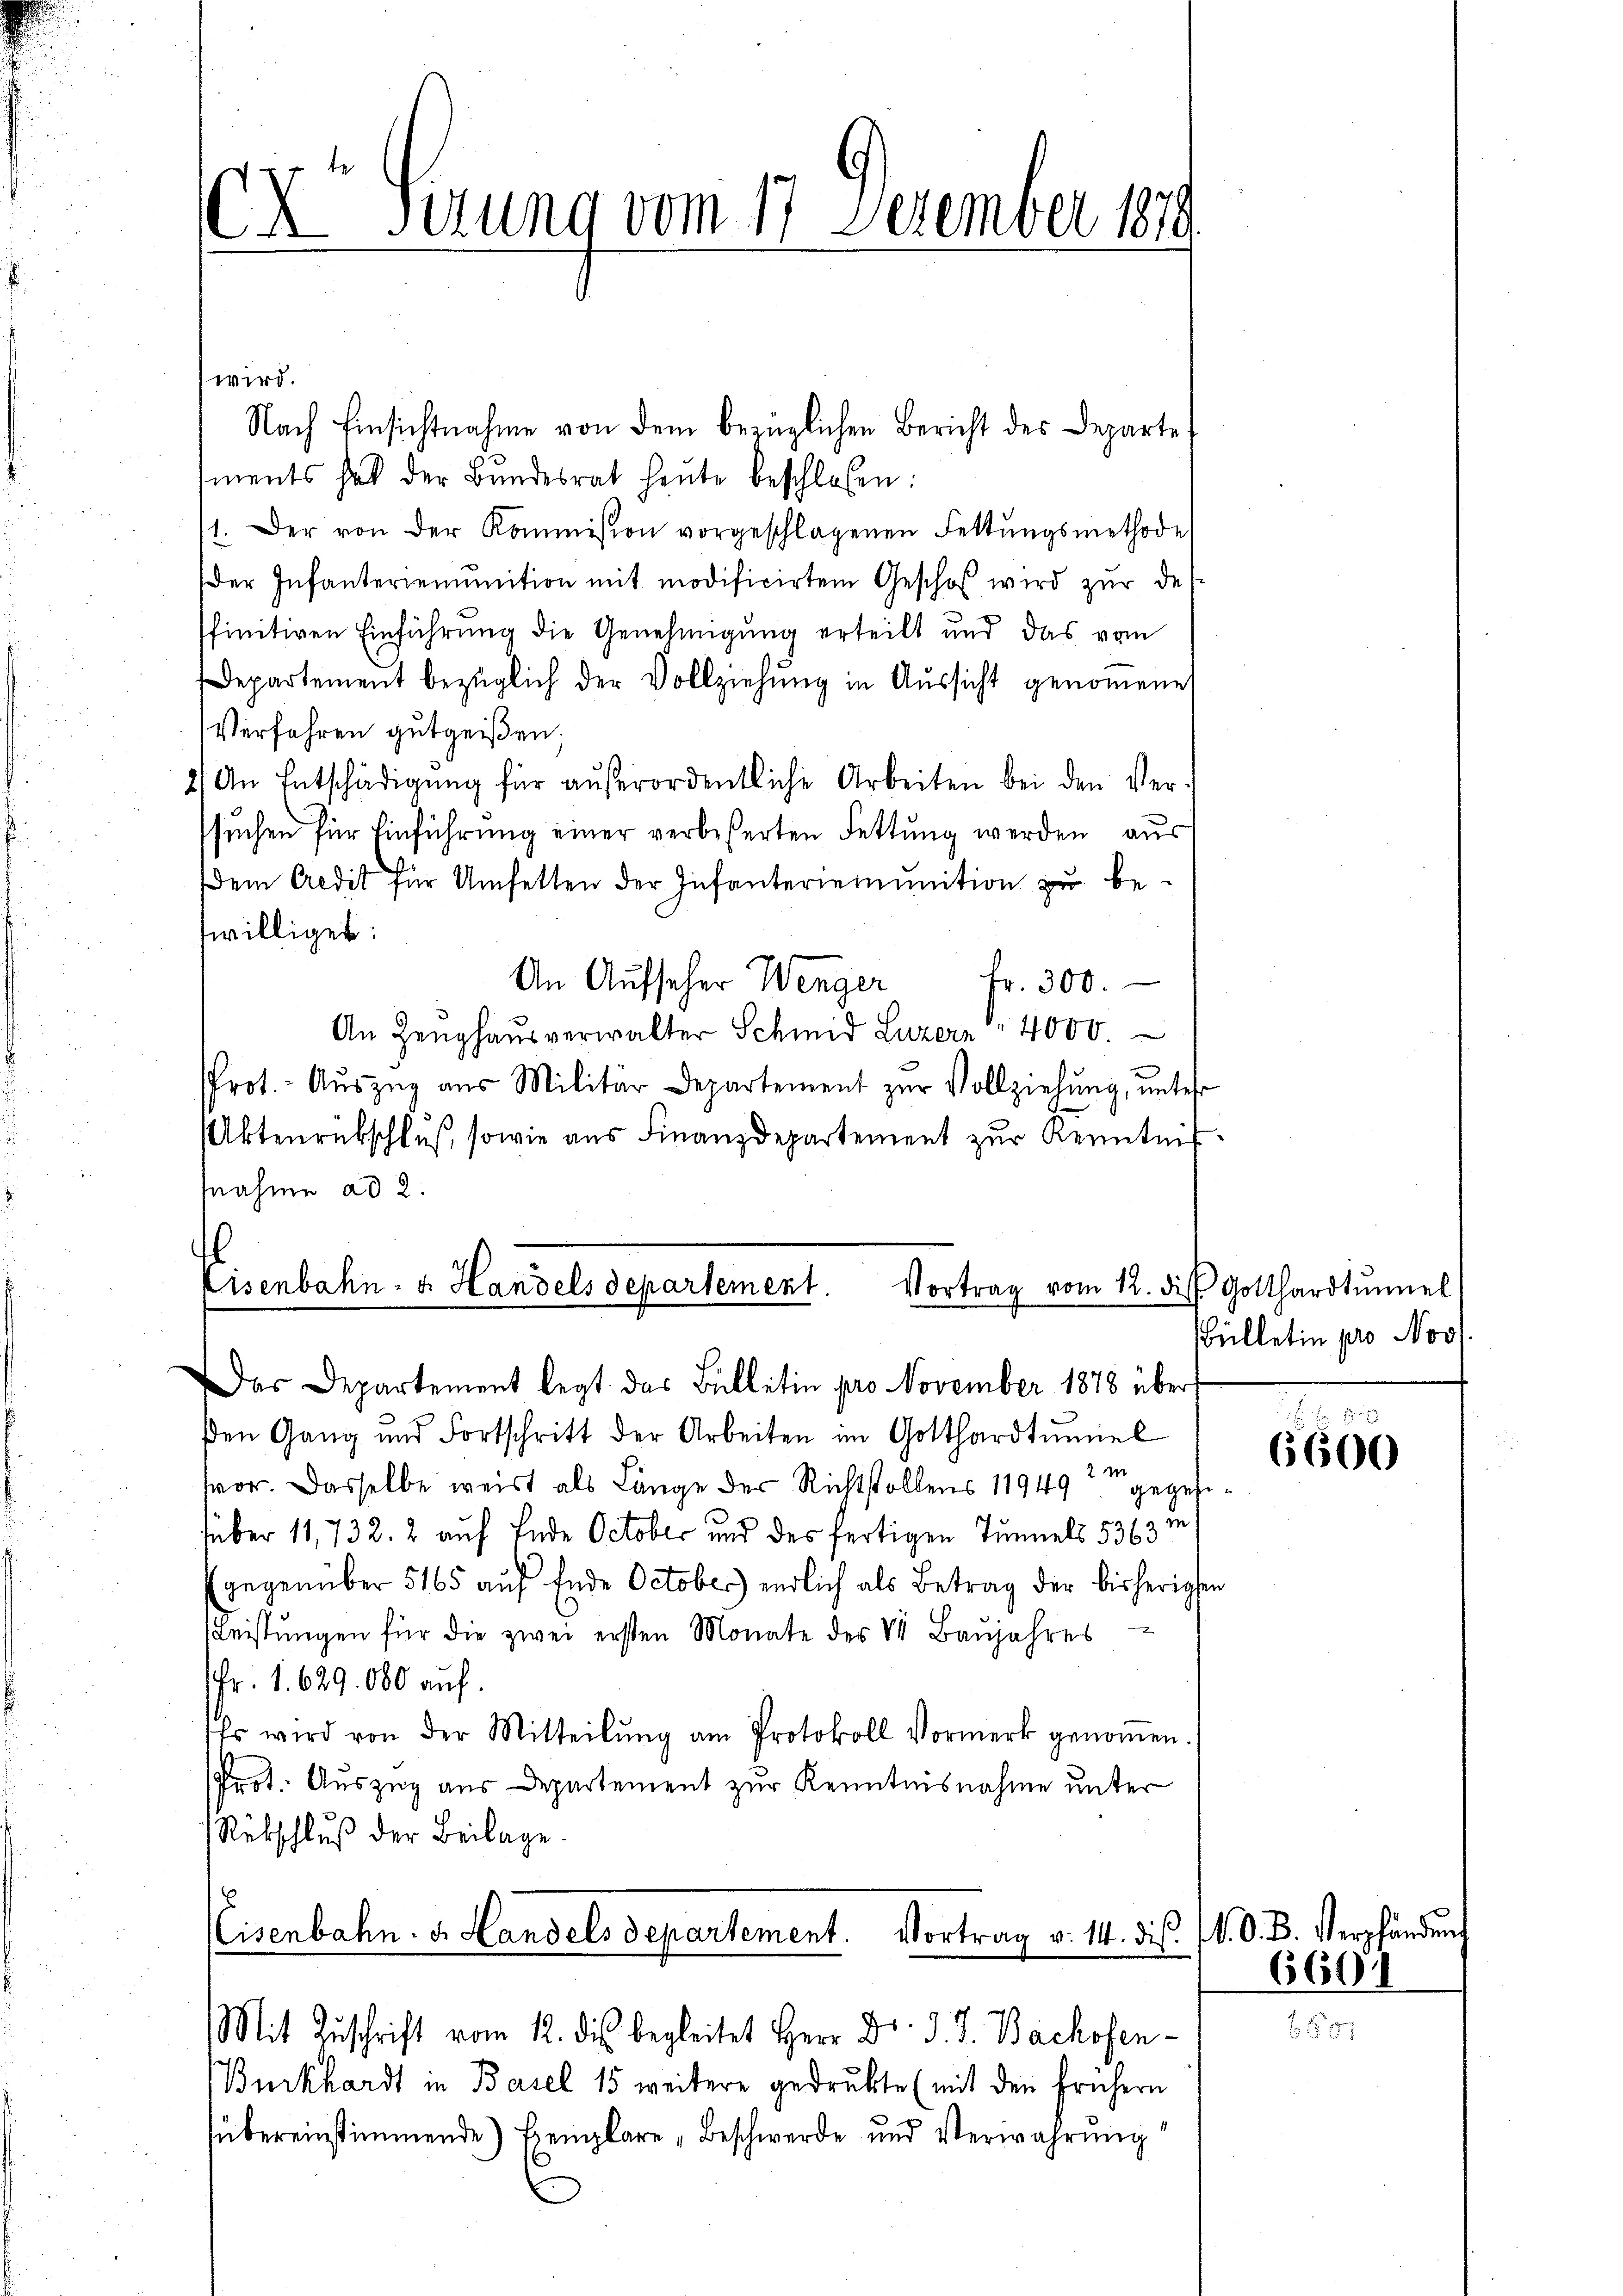
wird.
Nach Einsichtnahme von dem bezüglichen Bericht des Departe
iments hat der Bŭndesrat heute beschlossen:
1. Der von der Kommission vorgeschlagenen Fettŭngsmethode
Der Infanteriemŭnition mit modificirten Geschof wird zur des
ffinitiven Einführung die Genehmigung erteilt und das vom
Departement bezüglich der Vollziehŭng in Aŭssicht genoṁene
Verfahren gutgeißen.
2) An Entschädigŭng für aŭβerordentliche Arbeiten bei den Ver-
suchen für Einführung einer verbeßerten Fettŭng werden aus
dem Aedit für Umsetten der Infanteriemŭnition zŭ be-
williget:
An Aufseher Wenger
fr. 300.
An Zeughausverwalter Schmid Luzern 4000.
Prot. Aŭszŭg aŭs Militär Departement zŭr Vollziehŭng ŭnter
Aktenrückschluß, sowie aŭs Finanzdepartement zŭr Kenntnis.
snahme ad 2.
l
Eisenbahn- u. Handels departement.
Vortrag vom 12. des Gotthardtŭmel

CX Gerung vom 17. Dezember 1819.

Das Departement legt das Bulletin pro November 1878 über
den Gang und Fortschritt der Arbeiten im Gotthardtŭmiel
i
vor. Dasselbe weist als Länge der Richtstollens 11949 gegeses
über 11, 732. 2 auf Ende October und des fertigen Tunnels 5363
gegenüber 5165 auf Ende October) endlich als Betrag der bisherigen
2
Leistungen für die zwei ersten Monate des V. Baŭjahres
Fr. 1. 629. 000 auf
Es wird von der Mitteilŭng am Protokoll Vormerk genoṁen.
Prot. Auszug aus Departement zur Kenntnisnahme unter
Rebschluß der Beilage.
E
Eisenbahn. d. Handels departement. Vortrag v. 14. ds. (N. O. B. Verpfänden
Mit Zuschrift vom 12. des begleitet Herr Dr. J. J. Bachofen-
(Burkhardt in Basel 15 weitere gedrukte (mit den frühern
übereinstimmende Exemplare Beschwerde und Verwahrung

ülletin pro Nov

s
6600

660